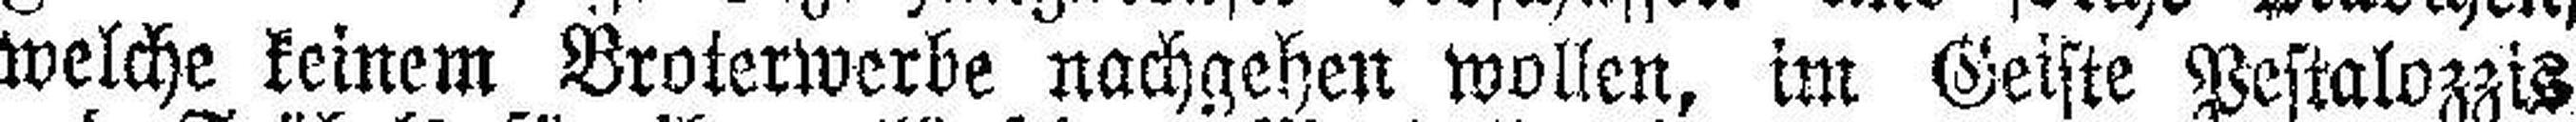
welche keinem Broterwerbe nachgehen wollen, im Geiste Pestalozzis